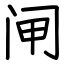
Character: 闸